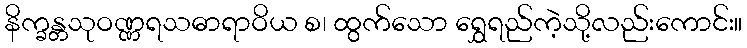
နိက္ခန္တသုဝဏ္ဏရသဓာရာဝိယ စ၊ ထွက်သော ရွှေရည်ကဲ့သို့လည်းကောင်း။